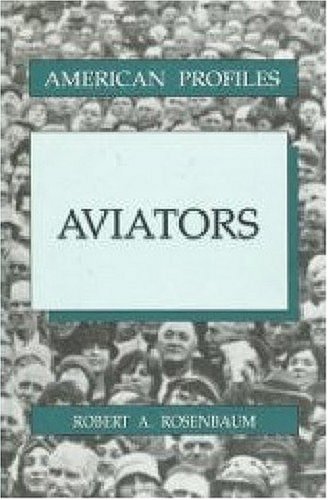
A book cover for Aviators (American Profiles); Robert A. Rosenbaum; Children's Books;